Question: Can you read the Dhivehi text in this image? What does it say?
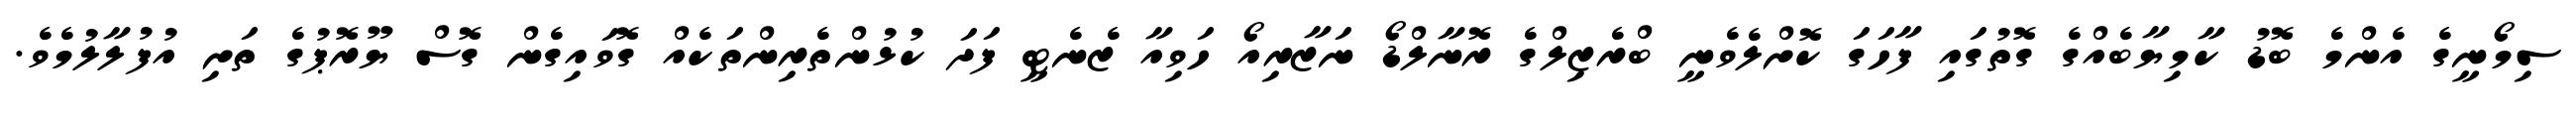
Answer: ސިމޯނީގެ އެންމެ ބޮޑު ކާމިޔާބެއްގެ ގޮތުގައި ފާހަގަ ކޮށްލެވެނީ ބްރެޒިލްގެ ރޮނާލްޑޯ ނަޒާރިއޯ ހަވިއާ ޒެނެޓީ ފަދަ ކުޅުންތެރިންތަކެއް ގޮވައިގެން ގޮސް ޔޫރޮޕުގެ ތަށި އުފުލާލުމެވެ.